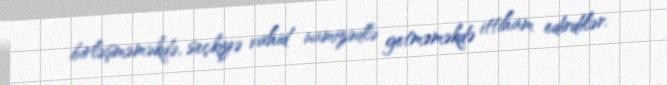
birləşməməkdə, seçkiyə vahid namizədlə getməməkdə ittiham edirdilər.